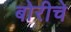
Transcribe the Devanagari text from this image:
बोरीचे